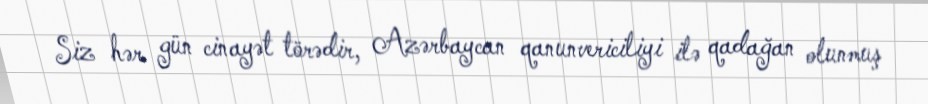
Siz hər gün cinayət törədir, Azərbaycan qanunvericiliyi ilə qadağan olunmuş